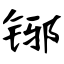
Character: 铘